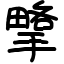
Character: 㨼